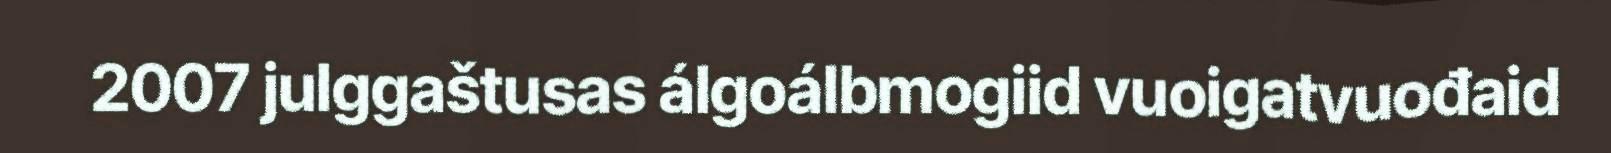
2007 julggaštusas álgoálbmogiid vuoigatvuođaid